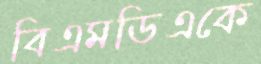
বিএমডিএকে